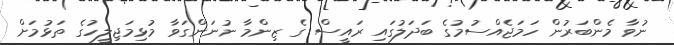
ނުވާ މެންބަރުން ހަމަޖެއްސުމުގެ ބަދަލުގައި ރައީސް ގެ ޒިންމާ ނުނަންގަވާ މުޅިމަޖިލީހުގެ ތަޅުމަށް